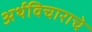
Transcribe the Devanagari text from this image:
अर्थविचाराचे